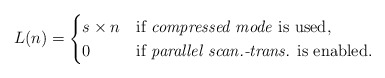
\begin{align*} L(n) = \begin{cases} s \times n & \textrm{if \emph{compressed mode} is used,} \\ 0 & \textrm{if \emph{parallel scan.-trans.} is enabled.} \end{cases} \end{align*}